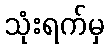
သုံးရက်မှ